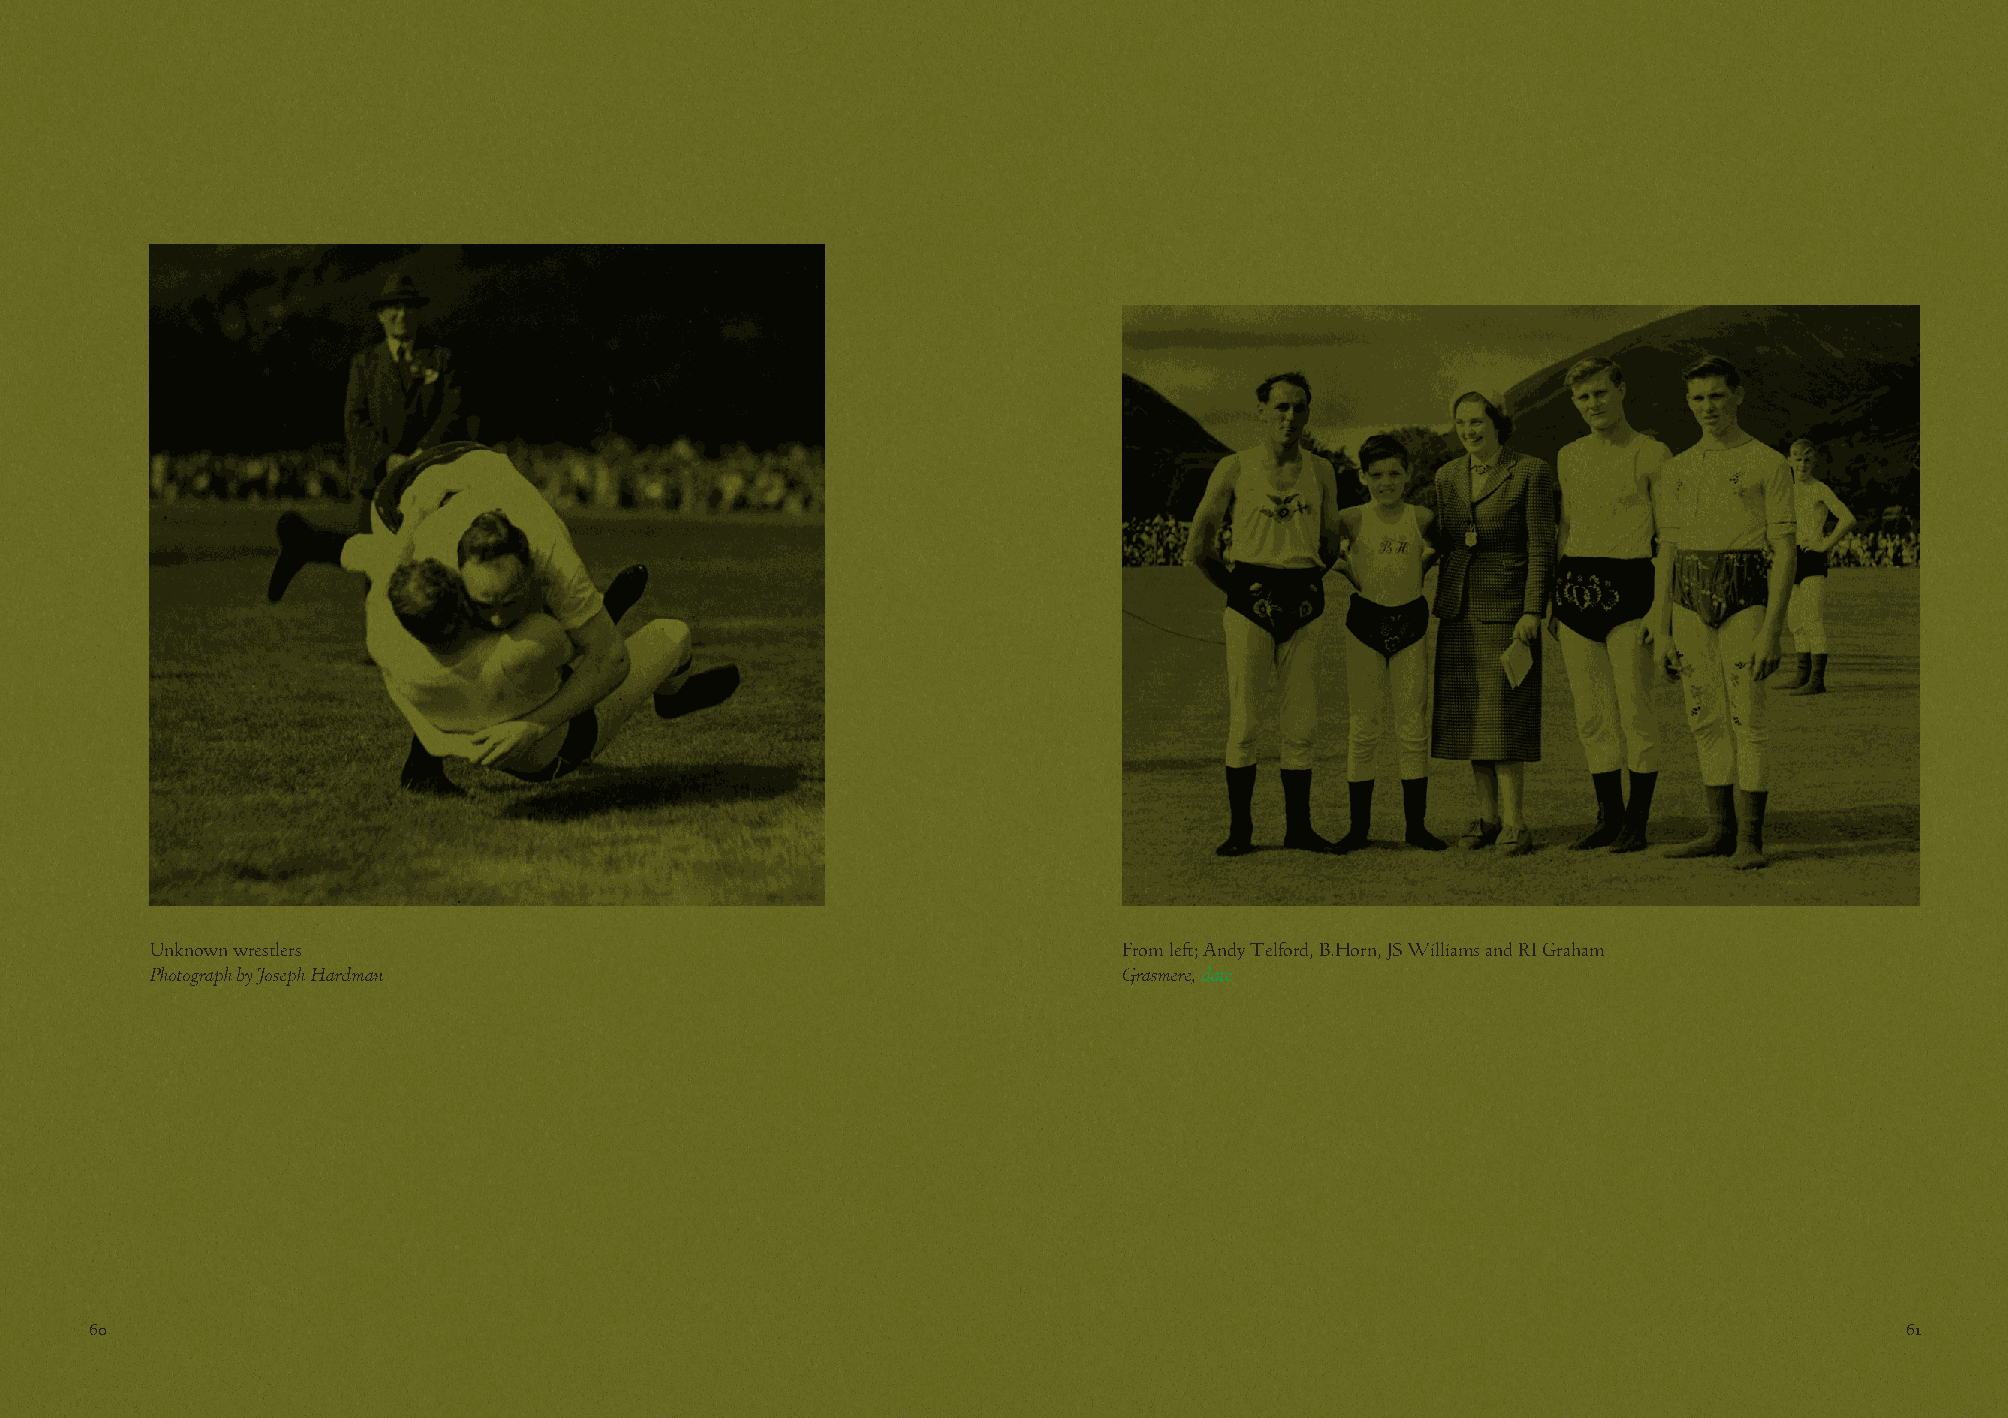
Unknown wrestlers                                               From left; Andy Telford, B.Horn, JS Williams and RI Graham
 Photograph by Joseph Hardman                                    Grasmere, date
 60                                                                                                                      61